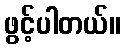
ဖွင့်ပါတယ်။